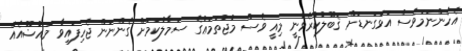
އެހެންނަމަވެސް އަޅުގަނޑަށް ޤަބޫލުކުރެވުނީ މިއީ ވެސް މުޖުތަމަޢުގެ ސަމާލުކަމަށް ގެންނަން ޖެހިފައިވާ މައުޟޫއެއް